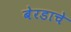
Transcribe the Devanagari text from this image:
बेरडाचे